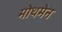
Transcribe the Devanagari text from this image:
मोथमेन